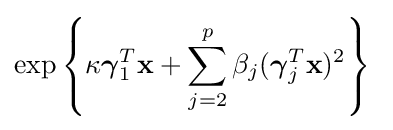
\exp \left\{\kappa {\boldsymbol {\gamma }}_{1}^{T}\mathbf {x} +\sum _{j=2}^{p}\beta _{j}({\boldsymbol {\gamma }}_{j}^{T}\mathbf {x} )^{2}\right\}\